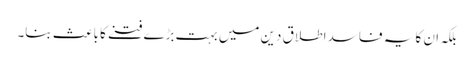
بلکہ ان کا یہ فاسد اطلاق دین میں بہت بڑے فتنے کا باعث بنا۔